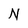
Character: N